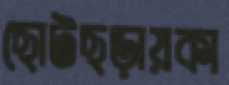
ছোটছড়ায়কা